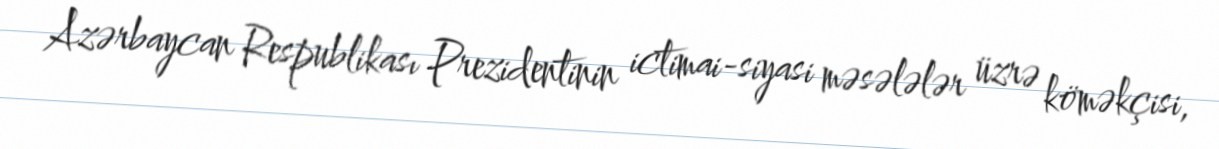
Azərbaycan Respublikası Prezidentinin ictimai-siyasi məsələlər üzrə köməkçisi,